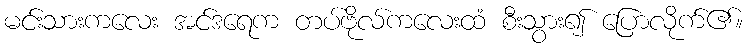
မင်းသားကလေး အင်ဒရေက တပ်ဗိုလ်ကလေးထံ စီးသွား၍ ပြောလိုက်၏။